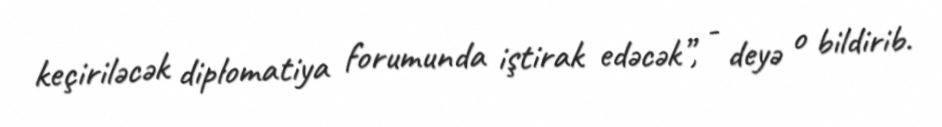
keçiriləcək diplomatiya forumunda iştirak edəcək”, - deyə o bildirib.